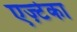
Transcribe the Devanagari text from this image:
एज़्टेका